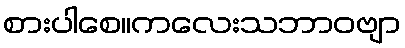
စားပါစေ။ကလေးသဘာဝဗျာ